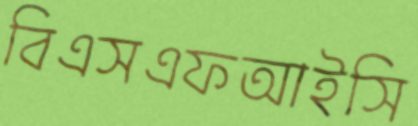
বিএসএফআইসি